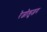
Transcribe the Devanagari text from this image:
रेजोलुजन